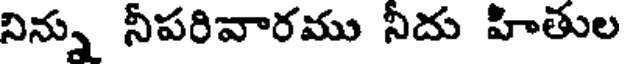
నిన్ను నీపరివారము నీదు హితుల